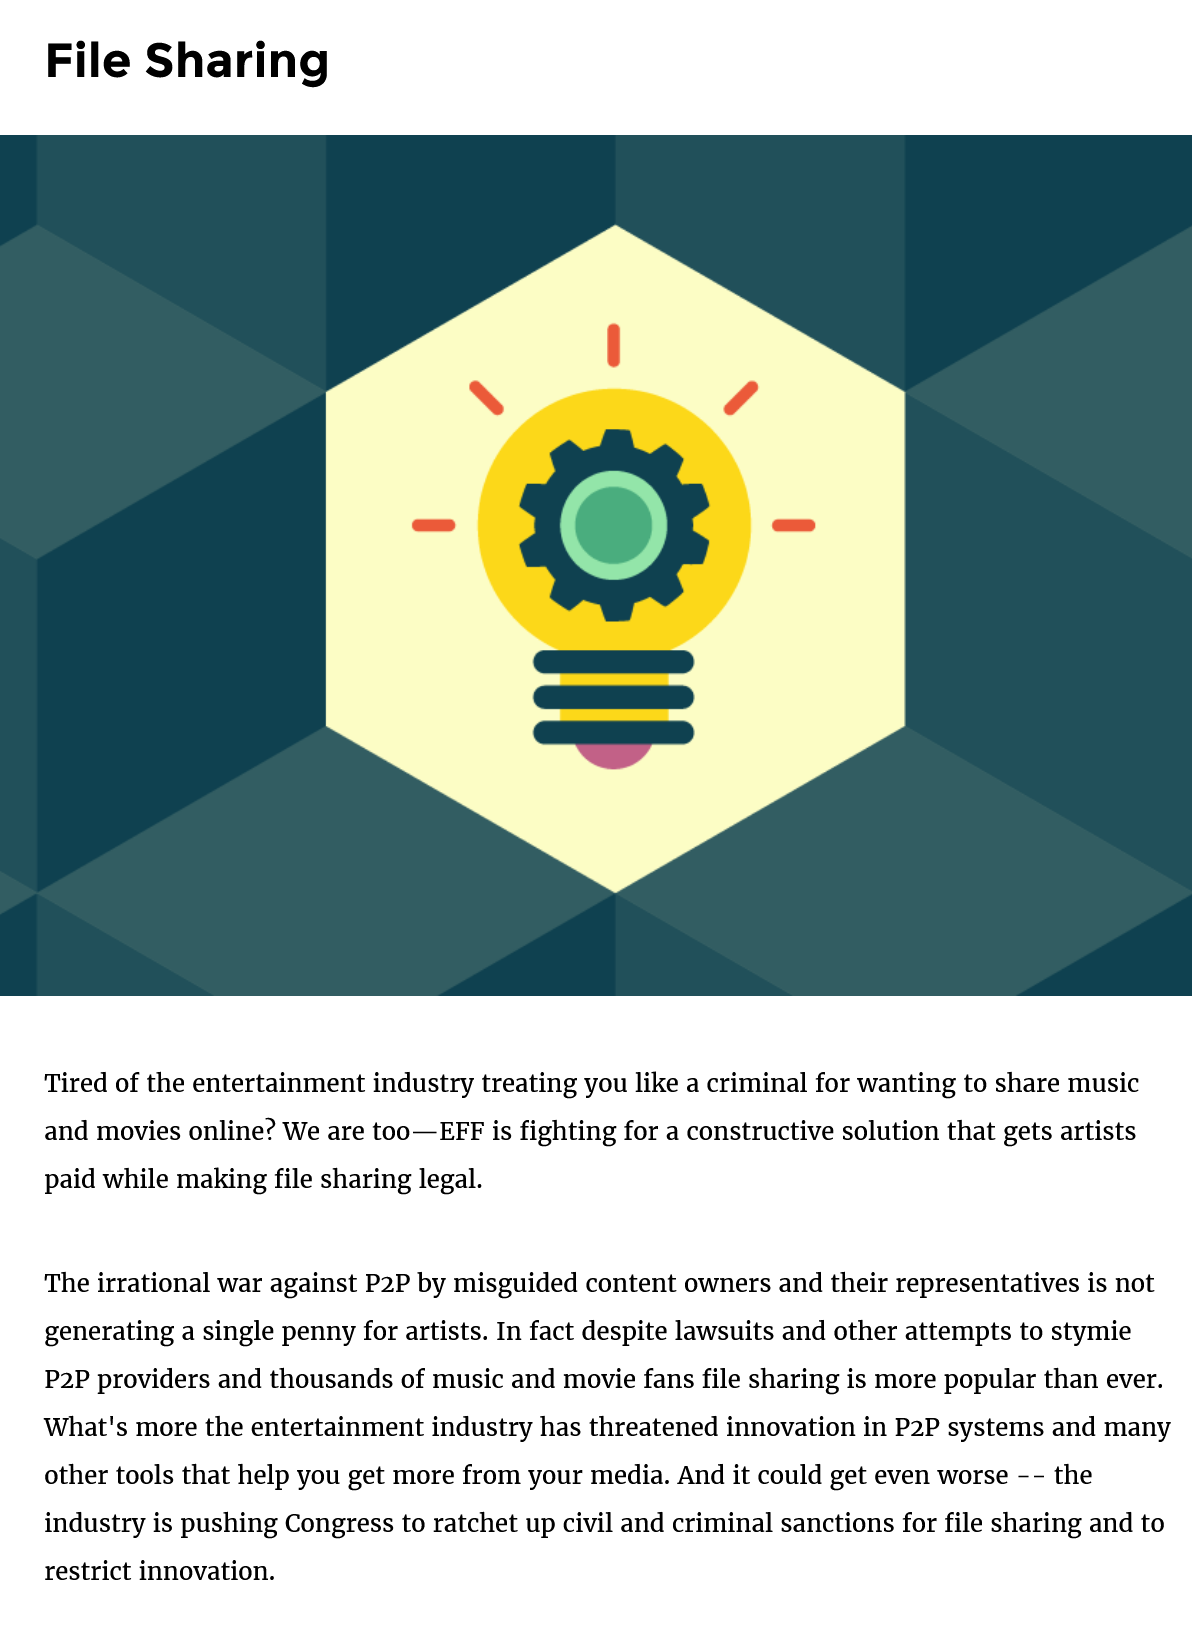
File   Sharing
    Tired of the entertainment industry treating you like a criminal for wanting to share music
    and movies online? We are too—EFF is fighting for a constructive solution that gets artists
    paid while making file sharing legal.
    The irrational war against P2P by misguided content owners and their representatives is not
    generating a single penny for artists. In fact despite lawsuits and other attempts to stymie
    P2P providers and thousands of music and movie fans file sharing is more popular than ever.
    What's more the entertainment industry has threatened innovation in P2P systems and many
    other tools that help you get more from your media. And it could get even worse
     --
     the
    industry is pushing Congress to ratchet up civil and criminal sanctions for file sharing and to
    restrict innovation.